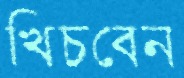
খিচবেন